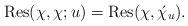
LaTeX: \begin{align*}\mathrm{Res}(\chi,\chi;u)=\mathrm{Res}(\chi,\acute \chi_u).\end{align*}